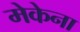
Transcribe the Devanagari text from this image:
मेकेना